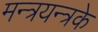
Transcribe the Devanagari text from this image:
मन्त्रयन्त्रके